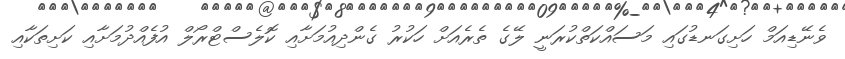
ވެނޭޑިއަމް ހަށިގަނޑުގައި މަސައްކަތްކުރަނީ ލޭގެ ތެރެއަށް ހަކުރު ގެންދިއުމަށާއި ކޮލެސްޓްރޯލް އުފެއްދުމަށާއި ކަށިތަކާއި